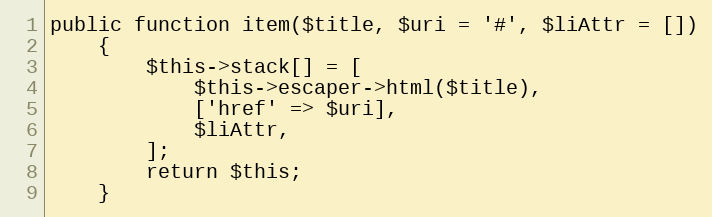
Language: PHP
public function item($title, $uri = '#', $liAttr = [])
    {
        $this->stack[] = [
            $this->escaper->html($title),
            ['href' => $uri],
            $liAttr,
        ];
        return $this;
    }